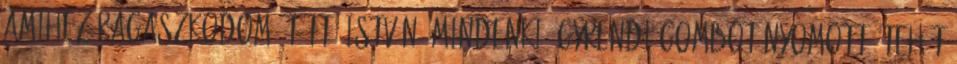
amihez ragaszkodom. Tüttő István: Mindenki ügyrendi gombot nyomott, tehát